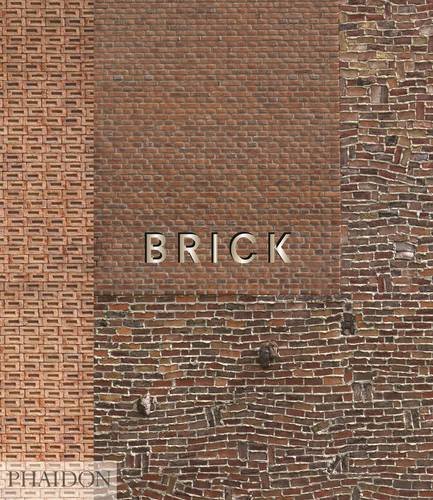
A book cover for Brick; William Hall; Arts & Photography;